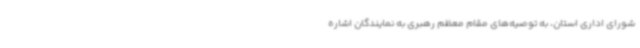
شورای اداری استان، به توصیه‌های مقام معظم رهبری به نمایندگان اشاره